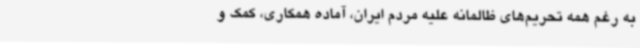
به رغم همه تحریم‌های ظالمانه علیه مردم ایران، آماده همکاری، کمک و